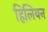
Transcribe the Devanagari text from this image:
हिलियन